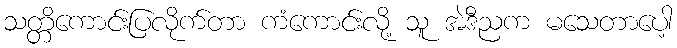
သတ္တိကောင်းပြလိုက်တာ ကံကောင်းလို့ သူ အဲဒီညက မသေတာပေါ့